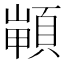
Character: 𩓻